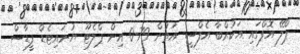
ޕްލޭ އޮފްގައި އަކުރްބާ އެފްސީ އަތުން 79-0 އިން ޕްލެޓޫ ޔުނައިޓެޑް ފީޑާސް